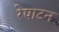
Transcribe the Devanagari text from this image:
रेषाटन